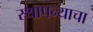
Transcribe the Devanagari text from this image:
स्थापन्याचा